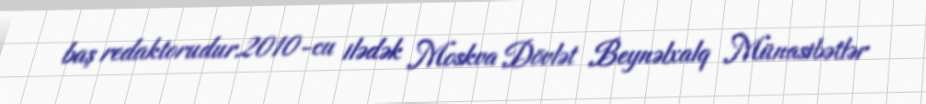
baş redaktorudur.2010-cu ilədək Moskva Dövlət Beynəlxalq Münasibətlər